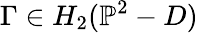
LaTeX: \Gamma\in H_{2}(\mathbb{P}^{2}-D)